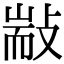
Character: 㪜